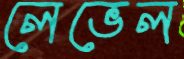
লেভেল